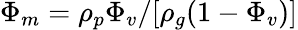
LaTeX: \Phi_{m}=\rho_{p}\Phi_{v}/[\rho_{g}(1-\Phi_{v})]